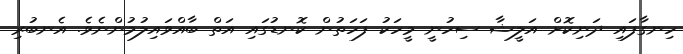
ހިނގާފައި ދަނިކޮށް އަލީޝާ ސިހުނީ މީހަކު ފަހަތުން ކޮނޑުގައި އަތް ބާާއްވައިލުމުންނެވެ. އެނބުރި